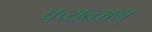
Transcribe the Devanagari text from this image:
पच्यन्ताम्‌